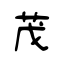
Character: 茂